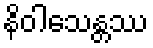
နိဝါသေန္တဿ